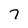
Character: 7